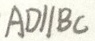
A D / / B C